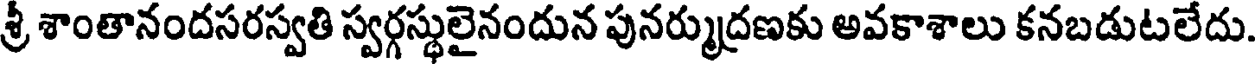
శ్రీ శాంతానందసరస్వతి స్వర్గస్థులైనందున పునర్ముద్రణకు అవకాశాలు కనబడుటలేదు.